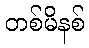
တစ်မိနစ်